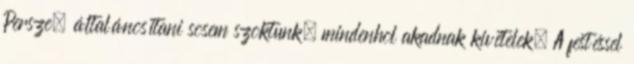
Persze, általánosítani sosem szoktunk, mindenhol akadnak kivételek. A festéssel